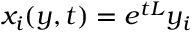
x _ { i } ( y , t ) = e ^ { t { \cal L } } y _ { i }